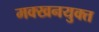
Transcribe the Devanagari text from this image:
मक्खनयुक्त